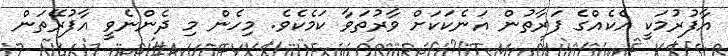
އާފުރުމަކީ އެކެއްގެ ފަރާތުން އަނެކަކަށް ވާރުތަވާ ކަމެކެވެ. މިހެން މި ދެންނެވީ އާފުރޭތަން